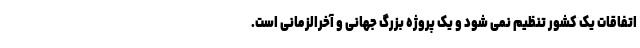
اتفاقات یک کشور تنظیم نمی شود و یک پروژه بزرگ جهانی و آخرالزمانی است.